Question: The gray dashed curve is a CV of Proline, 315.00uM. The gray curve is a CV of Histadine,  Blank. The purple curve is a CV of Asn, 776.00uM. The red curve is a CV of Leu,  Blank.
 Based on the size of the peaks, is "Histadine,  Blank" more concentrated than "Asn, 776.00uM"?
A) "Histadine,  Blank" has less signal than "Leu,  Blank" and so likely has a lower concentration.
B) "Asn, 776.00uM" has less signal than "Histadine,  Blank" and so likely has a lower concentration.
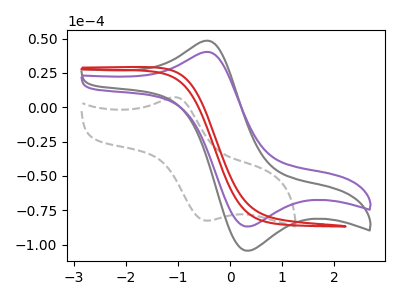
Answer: <think>The gray dashed curve "Proline, 315.00uM" has an anodic peak at (-1.10V, 7.30uA) and a cathodic peak at (-0.45V, -82.50uA). The gray curve "Histadine,  Blank" has an anodic peak at (-0.50V, 48.15uA) and a cathodic peak at (0.30V, -104.35uA). The purple curve "Asn, 776.00uM" has an anodic peak at (-0.50V, 40.05uA) and a cathodic peak at (0.30V, -86.75uA). The red curve "Leu,  Blank" has no peaks.
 All the peaks in "Asn, 776.00uM" have a peak in "Histadine,  Blank" at the same potential. Every peak in "Asn, 776.00uM" is lower than every peak in "Histadine,  Blank".</think>
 <answer>B) "Asn, 776.00uM" has less signal than "Histadine,  Blank" and so likely has a lower concentration.</answer>
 <eval>B</eval>